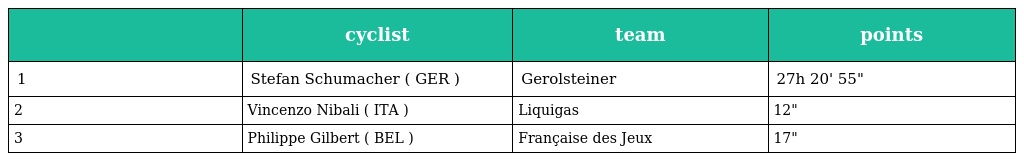
|  | cyclist | team | points |
 | --- | --- | --- | --- |
 | 1 | Stefan Schumacher ( GER ) | Gerolsteiner | 27h 20' 55" |
 | 2 | Vincenzo Nibali ( ITA ) | Liquigas | 12" |
 | 3 | Philippe Gilbert ( BEL ) | Française des Jeux | 17" |